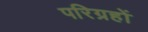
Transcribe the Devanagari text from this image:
परिग्रहों